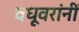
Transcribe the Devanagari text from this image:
वधूवरांनीं